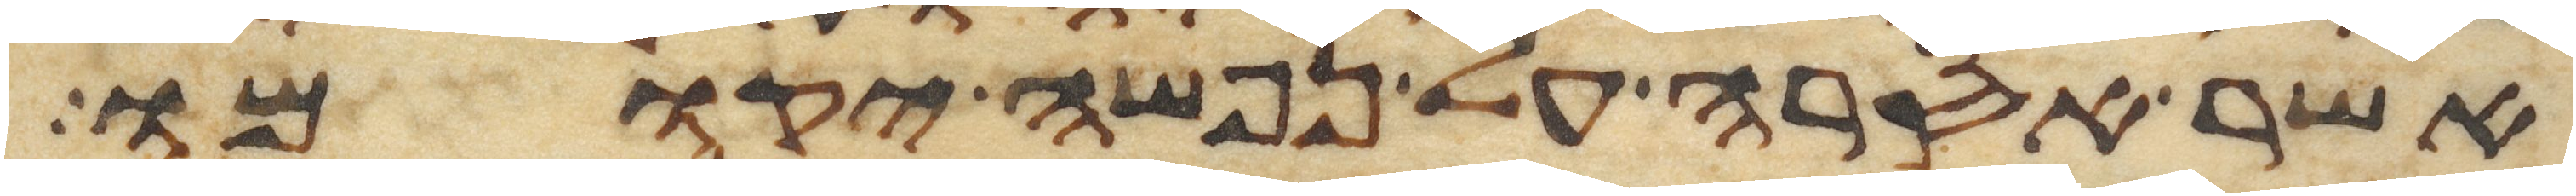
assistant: אשר אסרה על נפשה יקומו